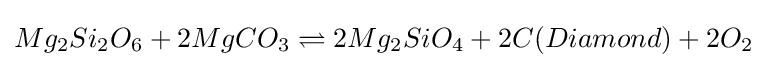
Mg_{2}Si_{2}O_{6}+2MgCO_{3}\rightleftharpoons 2Mg_{2}SiO_{4}+2C(Diamond)+2O_{2}